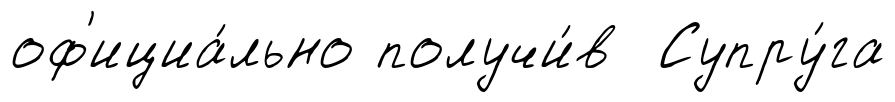
оф'ициа́льно получи́в Супру́га